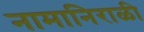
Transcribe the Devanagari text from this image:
नामानिराळी